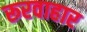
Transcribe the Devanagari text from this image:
रूरवाहार